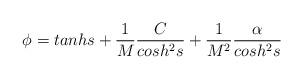
LaTeX: \begin{align*}\phi = tanh s + \frac{1}{M} \frac{C}{cosh^{2}s} + \frac{1}{M^2} \frac{\alpha}{cosh^{2}s} \;\;\;\;\;\;\;\;\;\;\;\;\;\;\;\end{align*}